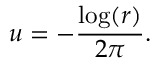
u = - { \frac { \log ( r ) } { 2 \pi } } .